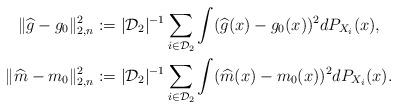
LaTeX: \begin{align*}\|\widehat{g} - g_0\|_{2,n}^2 &:= |\mathcal{D}_2|^{-1}\sum_{i\in\mathcal{D}_2} \int (\widehat{g}(x) - g_0(x))^2dP_{X_i}(x),\\\|\widehat{m} - m_0\|_{2,n}^2 &:= |\mathcal{D}_2|^{-1}\sum_{i\in\mathcal{D}_2} \int (\widehat{m}(x) - m_0(x))^2dP_{X_i}(x).\end{align*}